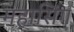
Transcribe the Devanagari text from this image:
महासिंग